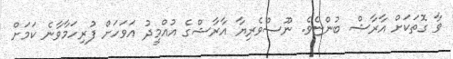
ވާ ގޮތަކަށް އާރާޝް ބުުންޏެވެ. ނޫސްވެރިޔާ އާރާޝްގެ އުއްމީދު އަވަހަށް ފުރިހަމާވާނެ ކަމަށް